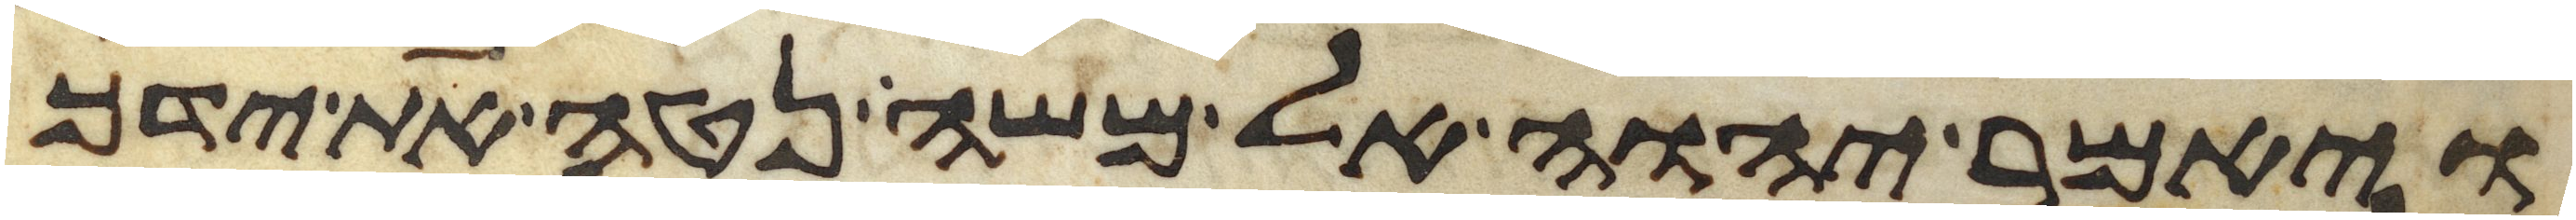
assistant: ויאמר יהוה אל משה נטה את ידך